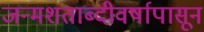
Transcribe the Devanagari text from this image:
जन्मशताब्दीवर्षापासून